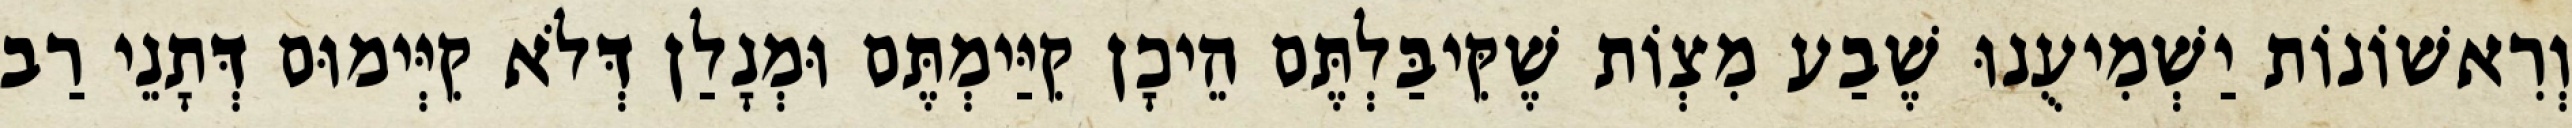
וְרִאשׁוֹנוֹת יַשְׁמִיעֻנוּ שֶׁבַע מִצְוֹת שֶׁקִּיבַּלְתֶּם הֵיכָן קִיַּימְתֶּם וּמְנָלַן דְּלֹא קִיְּימוּם דְּתָנֵי רַב